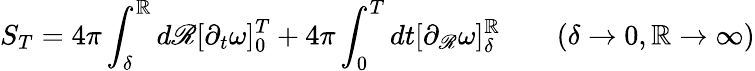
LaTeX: S_{T}=4\pi\int_{\delta}^{\mathbb{R}}d\mathscr{R}[\partial_{t}\omega]_{0}^{T}+4\pi\int_{0}^{T}dt[\partial_{\mathscr{R}}\omega]_{\delta}^{\mathbb{R}}\qquad(\delta\rightarrow0,\mathbb{R}\rightarrow\infty)